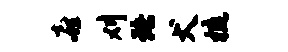
喜刈珞犬梳